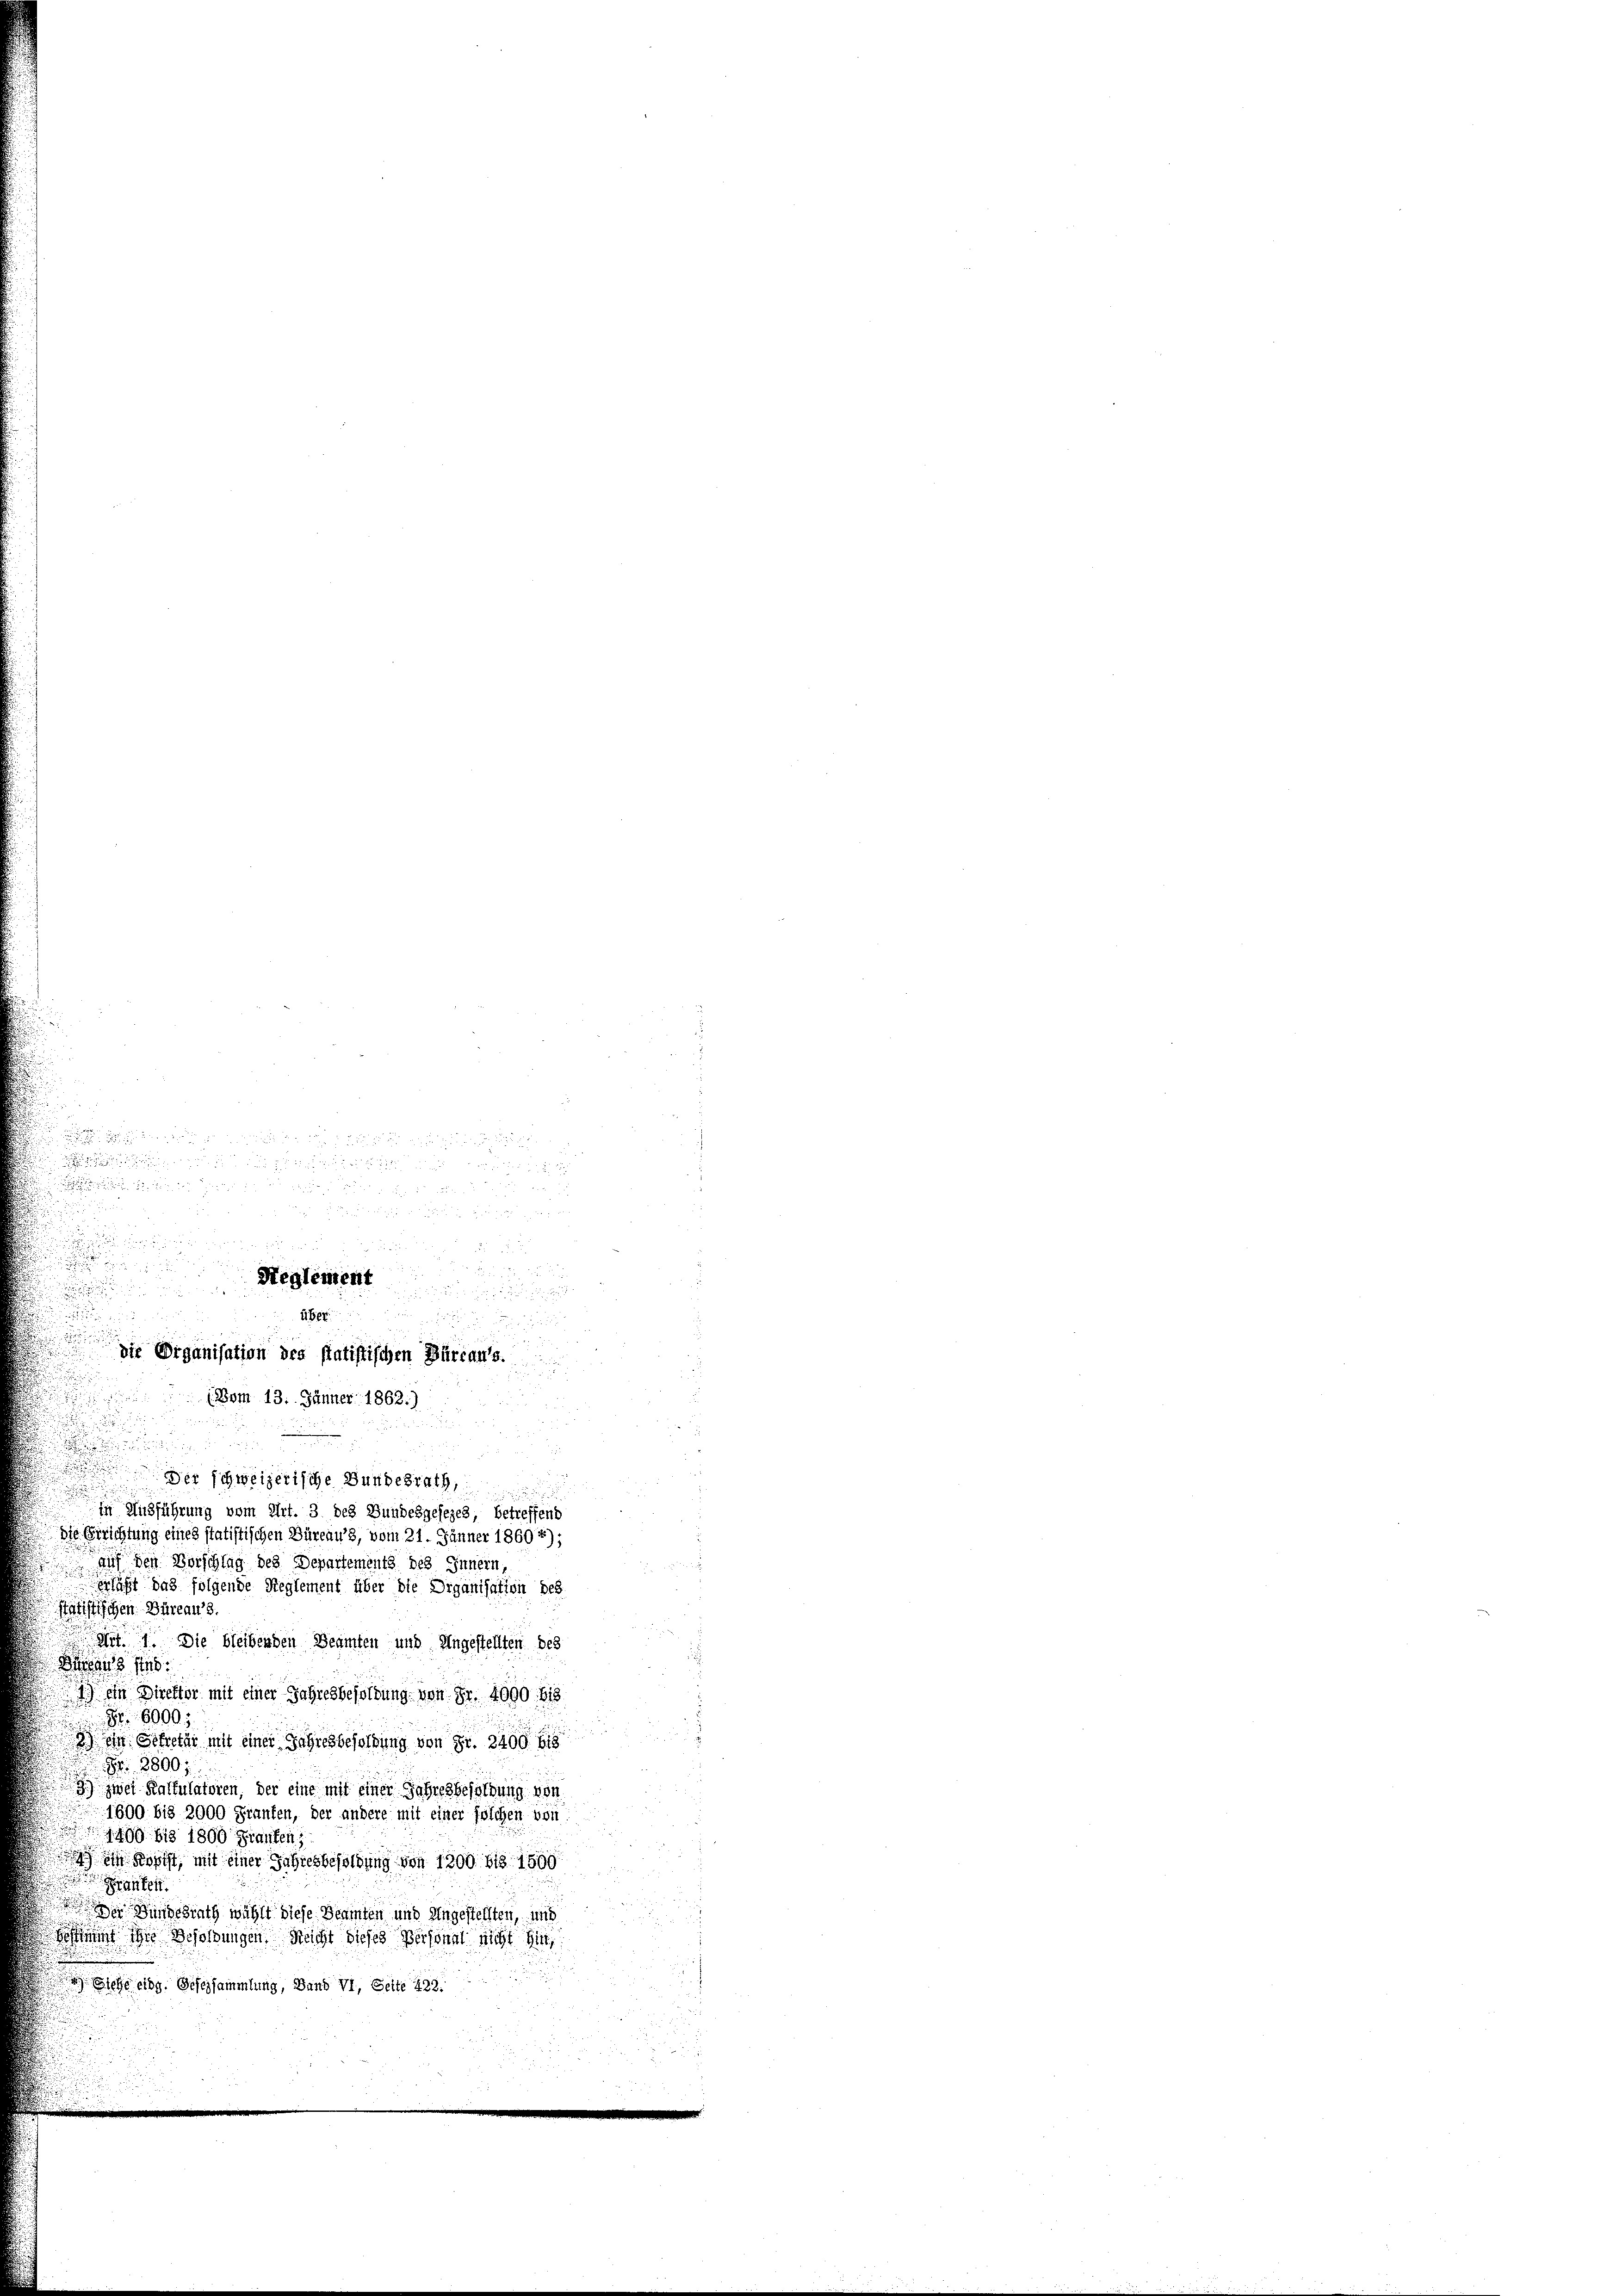
u

(Bom 13. Jänner 1862.)
n
u
 337
Der schweizerische Bundesrath,
in Ausführung vom Art. 3 des Bundesgesezes betreffend
Die Berichtung eines statistischen Büreau 3, vom 21. Jänner 1860 *)
auf den Vorschlag des Departements des Innern,
est das folgende Reglement über die Diganisation des
statistischen Büreau 3.
Art. 7. Die bleibenden Beamten und Ungestellten des
s
1.) ein Direktor mit einer Jahresbesoldung von Sr. 4000. bis
8 80005
3) ein Sekretär mit einer Jahresbesoldung von Fr. 3400 f
Fr. 3800
) zwei Kalkulatoren, der eine mit einer Jahresbesoldung von
1600 bis 2000 Franken, der andere mit einer solchen von
1499 bis 1800 Franten
  Kopfst, mit einer Jahresbesoldung von 1300. bis 1500
Franten.
 Bundesrath wählt diese Beamten und Angestellten, und
Bestammt die Besoldungen. Reicht dieses Personnt nicht hin
4) Siehe eidg. Gesezsammlung, Band VI, Seite 423.

2

.
 x

Reglement

e
die Organisation des statistischen Büreaus.